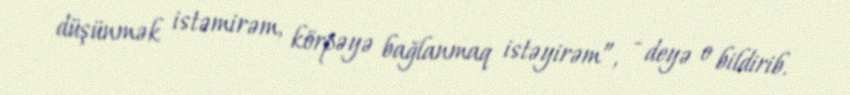
düşünmək istəmirəm, körpəyə bağlanmaq istəyirəm”, - deyə o bildirib.